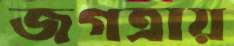
জগত্রায়